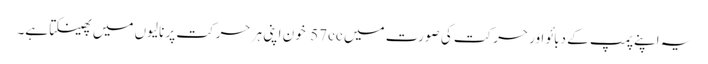
یہ اپنے پمپ کے دبائو اور حرکت کی صورت میں 57cc خون اپنی ہر حرکت پر نالیوں میں پھینکتا ہے۔